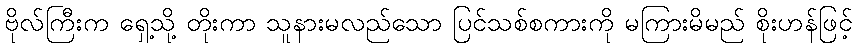
ဗိုလ်ကြီးက ရှေ့သို့ တိုးကာ သူနားမလည်သော ပြင်သစ်စကားကို မကြားမိမည် စိုးဟန်ဖြင့်